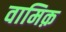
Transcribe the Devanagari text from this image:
वामिक़